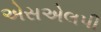
એસએલપી